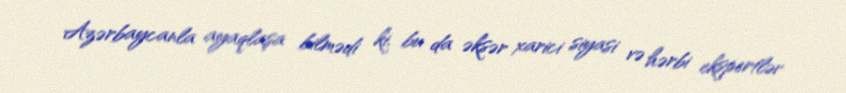
Azərbaycanla ayaqlaşa bilmədi ki, bu da əksər xarici siyasi və hərbi ekspertlər